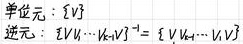
单位元：$\{ \mathbb{V} \}$

逆元：$\{ \mathbb{V} V_1 \cdots V_{k - 1} \}^{-1} = \{ \mathbb{V} V_{k - 1} \cdots V_1 \}$